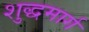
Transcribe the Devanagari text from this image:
शुद्धमार्ग